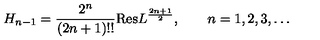
H _ { n - 1 } = \frac { 2 ^ { n } } { ( 2 n + 1 ) ! ! } \mathrm { R e s } L ^ { \frac { 2 n + 1 } { 2 } } , \qquad n = 1 , 2 , 3 , \dots